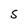
Character: S